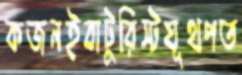
কজনইবাটুরিস্টযূথপত